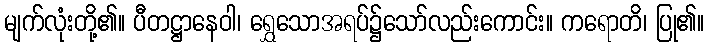
မျက်လုံးတို့၏။ ပီတဋ္ဌာနေဝါ၊ ရွှေသောအရပ်၌သော်လည်းကောင်း။ ကရောတိ၊ ပြု၏။